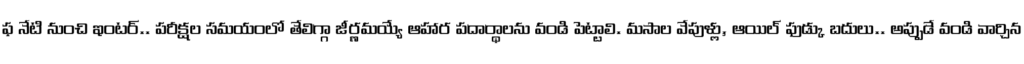
ఫ నేటి నుంచి ఇంటర్.. పరీక్షల సమయంలో తేలిగ్గా జీర్ణమయ్యే ఆహార పదార్థాలను వండి పెట్టాలి. మసాల వేపుళ్లు, ఆయిల్ ఫుడ్కు బదులు.. అప్పుడే వండి వార్చిన